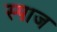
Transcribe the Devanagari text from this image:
स्पाज